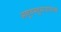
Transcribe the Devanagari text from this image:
अणुवस्तुमानांमध्ये